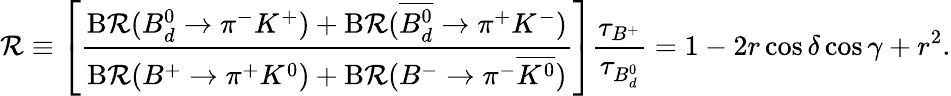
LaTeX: \mathcal{R}\equiv\left[\frac{{\mathrm{{B\mathcal{R}}}(B_{d}^{0}\to\pi^{-}K^{+})+\mathrm{{B\mathcal{R}}}(\overline{{{{B_{d}^{0}}}}}\to\pi^{+}K^{-})}}{{\mathrm{{B\mathcal{R}}}(B^{+}\to\pi^{+}K^{0})+\mathrm{{B\mathcal{R}}}(B^{-}\to\pi^{-}\overline{{{{K^{0}}}}})}}\right]\frac{{\tau_{B^{+}}}}{{\tau_{B_{d}^{0}}}}=1-2r\cos\delta\cos\gamma+r^{2}.